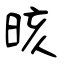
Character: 晐